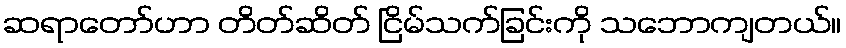
ဆရာတော်ဟာ တိတ်ဆိတ် ငြိမ်သက်ခြင်းကို သဘောကျတယ်။